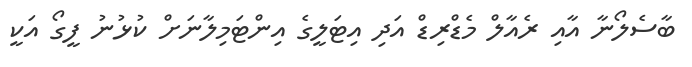
ބާސެލޯނާ އާއި ރެއާލް މެޑްރިޑް އަދި އިޓަލީގެ އިންޓަމިލާނަށް ކުޅުނު ފީގޯ އަކީ